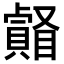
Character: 𥌄